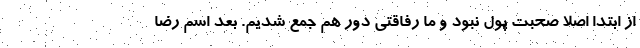
از ابتدا اصلا صحبت پول نبود و ما رفاقتی دور هم جمع شدیم. بعد اسم رضا